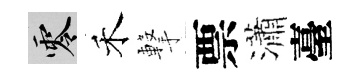
零禾撃票瀟臺